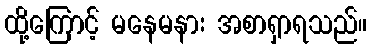
ထို့ကြောင့် မနေမနား အစာရှာရသည်။